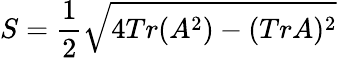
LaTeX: S=\frac{1}{2}\sqrt{4Tr(A^{2})-(TrA)^{2}}